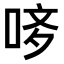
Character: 𠳻